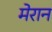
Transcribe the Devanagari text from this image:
मेरान